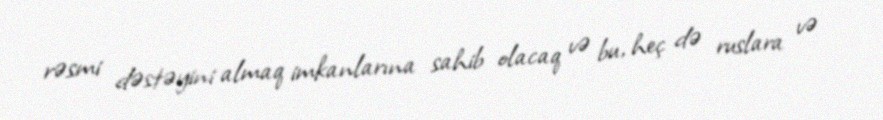
rəsmi dəstəyini almaq imkanlarına sahib olacaq və bu, heç də ruslara və